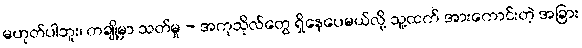
မဟုတ်ပါဘူး၊ တချို့မှာ သတ်မှု - အကုသိုလ်တွေ ရှိနေပေမယ်လို့ သူ့ထက် အားကောင်းတဲ့ အခြား